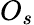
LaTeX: O_{s}